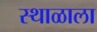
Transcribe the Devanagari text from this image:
स्थाळाला